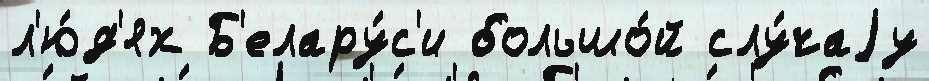
л'ю́д'ях Б'елару́с'и большо́й слу́чаjу